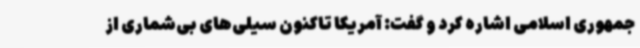
جمهوری اسلامی اشاره کرد و گفت: آمریکا تاکنون سیلی‌های بی‌شماری از